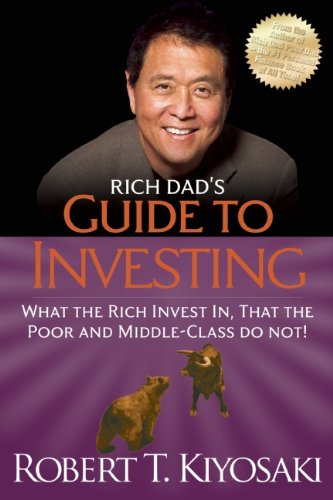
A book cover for Rich Dad's Guide to Investing: What the Rich Invest in, That the Poor and the Middle Class Do Not!; Robert T. Kiyosaki; Business & Money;